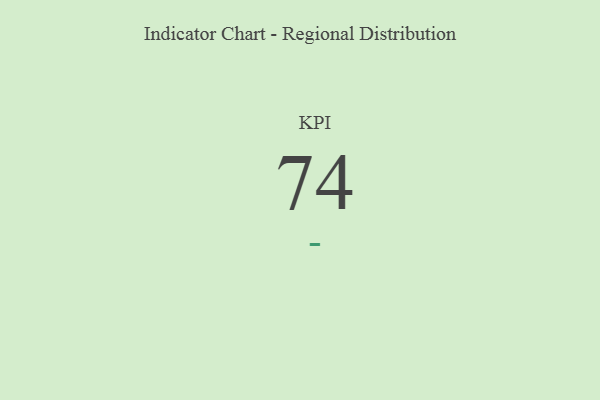
{"axis": {"x": "KPI", "y": "Value"}, "legend": [""], "data": [{"x": "KPI", "y": 74, "type": ""}]}